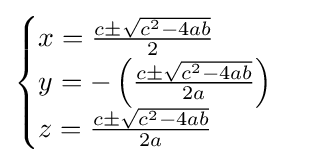
{\begin{cases}x={\frac {c\pm {\sqrt {c^{2}-4ab}}}{2}}\\y=-\left({\frac {c\pm {\sqrt {c^{2}-4ab}}}{2a}}\right)\\z={\frac {c\pm {\sqrt {c^{2}-4ab}}}{2a}}\end{cases}}